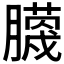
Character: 𮍆